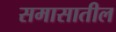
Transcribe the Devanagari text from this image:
समासातील